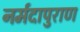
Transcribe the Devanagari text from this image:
नर्मदापुराण